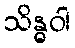
သိန္ဓဝါ